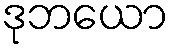
ဒုဘယော